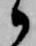
候